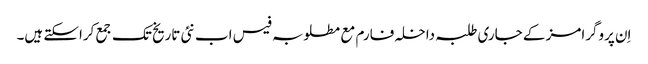
اِن پروگرامز کے جاری طلبہ داخلہ فارم مع مطلوبہ فیس اب نئی تاریخ تک جمع کراسکتے ہیں۔